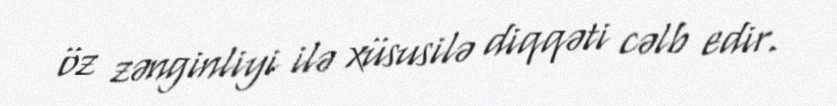
öz zənginliyi ilə xüsusilə diqqəti cəlb edir.